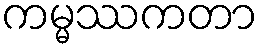
ကမ္မဿကတာ